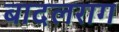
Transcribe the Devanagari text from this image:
बादलराग